画像に写った文字を読んでください
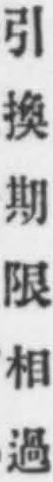
「引換期限相過」と書いてあります